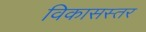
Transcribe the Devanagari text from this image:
विकासस्तर